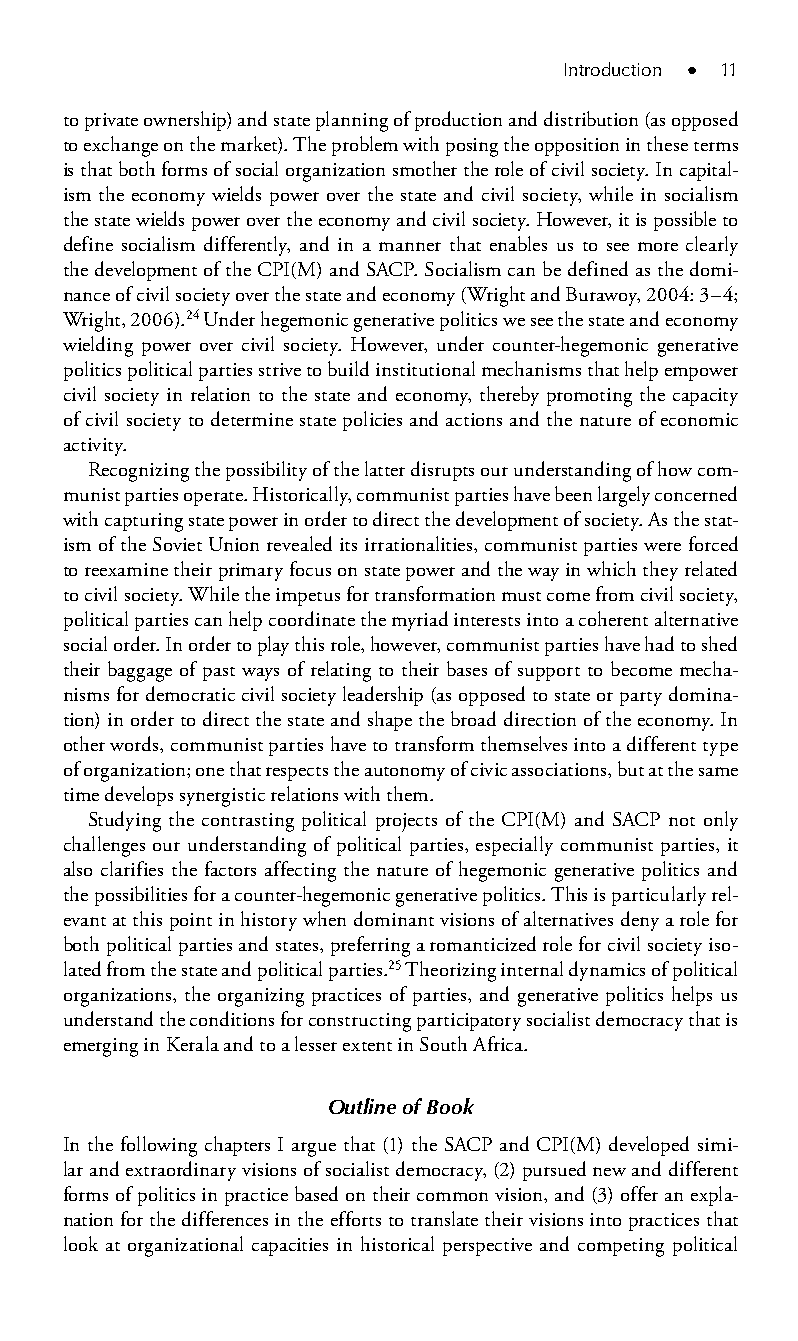
Introduction ● 11
 to private ownership) and state planning of production and distribution (as opposed
 to exchange on the market). The problem with posing the opposition in these terms
 is that both forms of social organization smother the role of civil society. In capital-
 ism the economy wields power over the state and civil society, while in socialism
 the state wields power over the economy and civil society. However, it is possible to
 define socialism differently, and in a manner that enables us to see more clearly
 the development of the CPI(M) and SACP. Socialism can be defined as the domi-
 nance of civil society over the state and economy (Wright and Burawoy, 2004: 3–4;
 Wright, 2006).24 Under hegemonic generative politics we see the state and economy
 wielding power over civil society. However, under counter-hegemonic generative
 politics political parties strive to build institutional mechanisms that help empower
 civil society in relation to the state and economy, thereby promoting the capacity
 of civil society to determine state policies and actions and the nature of economic
 activity.
 Recognizing the possibility of the latter disrupts our understanding of how com-
 munist parties operate. Historically, communist parties have been largely concerned
 with capturing state power in order to direct the development of society. As the stat-
 ism of the Soviet Union revealed its irrationalities, communist parties were forced
 to reexamine their primary focus on state power and the way in which they related
 to civil society. While the impetus for transformation must come from civil society,
 political parties can help coordinate the myriad interests into a coherent alternative
 social order. In order to play this role, however, communist parties have had to shed
 their baggage of past ways of relating to their bases of support to become mecha-
 nisms for democratic civil society leadership (as opposed to state or party domina-
 tion) in order to direct the state and shape the broad direction of the economy. In
 other words, communist parties have to transform themselves into a different type
 of organization; one that respects the autonomy of civic associations, but at the same
 time develops synergistic relations with them.
 Studying the contrasting political projects of the CPI(M) and SACP not only
 challenges our understanding of political parties, especially communist parties, it
 also clarifies the factors affecting the nature of hegemonic generative politics and
 the possibilities for a counter-hegemonic generative politics. This is particularly rel-
 evant at this point in history when dominant visions of alternatives deny a role for
 both political parties and states, preferring a romanticized role for civil society iso-
 lated from the state and political parties.25 Theorizing internal dynamics of political
 organizations, the organizing practices of parties, and generative politics helps us
 understand the conditions for constructing participatory socialist democracy that is
 emerging in Kerala and to a lesser extent in South Africa.
 Outline of Book
 In the following chapters I argue that (1) the SACP and CPI(M) developed simi-
 lar and extraordinary visions of socialist democracy, (2) pursued new and different
 forms of politics in practice based on their common vision, and (3) offer an expla-
 nation for the differences in the efforts to translate their visions into practices that
 look at organizational capacities in historical perspective and competing political
 99778800223300660066440011ttss0022..iinndddd 1111 33//2255//22000088 99::1155::5577 AAMM